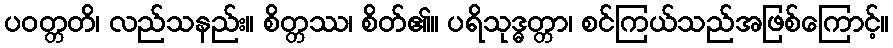
ပဝတ္တတိ၊ လည်သနည်း။ စိတ္တဿ၊ စိတ်၏။ ပရိသုဒ္ဓတ္တာ၊ စင်ကြယ်သည်အဖြစ်ကြောင့်။